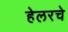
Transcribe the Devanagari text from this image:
हेलरचे